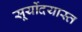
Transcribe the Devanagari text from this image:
सूर्योदयास्त